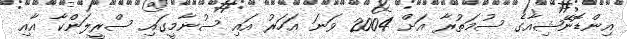
އިންޑޮނޭޝިއާގެ ސުމަތުރާ އަށް 2004 ވަނަ އަހަރު އައި ސުނާމީގައި ސްރީލަންކާ އާއި